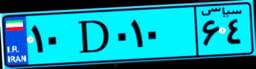
۰۵D۵۶۵۸۲